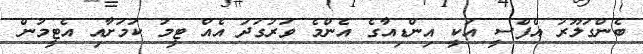
ބެންގަލޫރު އެފްސީ އަކީ އިންޑިއާގެ އެންމެ ވަރުގަދަ އެއް ޓީމު ކަމަށާއި އެޓީމުން